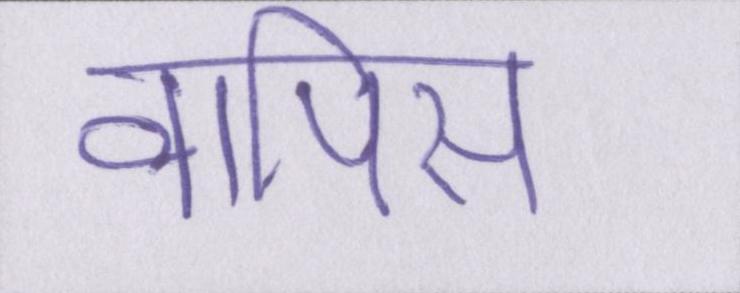
वापिस